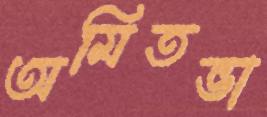
অমিতভা